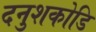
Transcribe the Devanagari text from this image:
दनुशकोडि